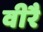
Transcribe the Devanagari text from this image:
वीरै